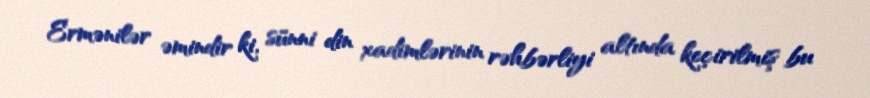
Ermənilər əmindir ki, sünni din xadimlərinin rəhbərliyi altında keçirilmiş bu